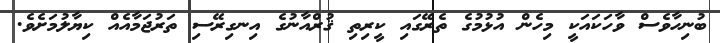
ބުނިހާވެސް ވާހަކައަކީ މިހެން އުޅުމުގެ ތެރޭގައި ކީރިތި ޤުރްއާނުގެ އިނގިރޭސި ތަރުޖަމާއެއް ކިޔާލުމަށެވެ.